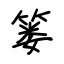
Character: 篓